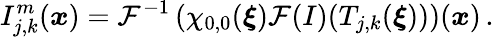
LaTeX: I_{j,k}^{m}(\boldsymbol{x})=\mathcal{F}^{-1}\left(\chi_{0,0}(\boldsymbol{\xi})\mathcal{F}(I)(T_{j,k}(\boldsymbol{\xi}))\right)(\boldsymbol{x})\, .